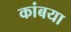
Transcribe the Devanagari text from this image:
कांबया